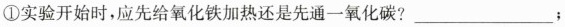
①实验开始时，应先给氧化铁加热还是先通一氧化碳?_________；